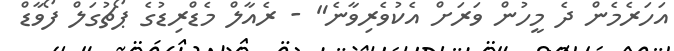
އަހަރެމެން ދެ މީހުން ވަރަށް އެކުވެރިވާނެ" - ރެއާލް މެޑްރިޑުގެ ޕޯޗުގަލް ފޯވާޑް